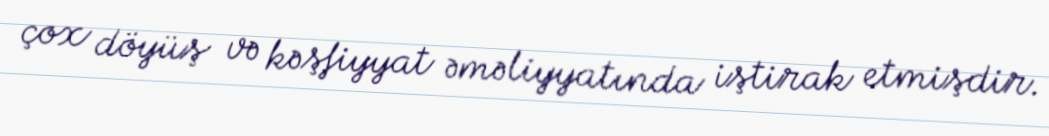
çox döyüş və kəşfiyyat əməliyyatında iştirak etmişdir.